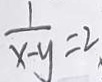
\frac { 1 } { x - y } = 2 ,